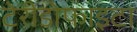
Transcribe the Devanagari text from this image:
टेरीडोफाइटा